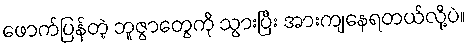
ဖောက်ပြန်တဲ့ ဘူဇွာတွေကို သွားပြီး အားကျနေရတယ်လို့ပဲ။